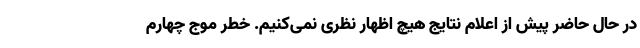
در حال حاضر پیش از اعلام نتایج هیچ اظهار نظری نمی‌کنیم. خطر موج چهارم